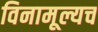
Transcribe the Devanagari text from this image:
विनामूल्यच